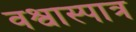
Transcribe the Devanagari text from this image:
वश्वास्पात्र